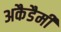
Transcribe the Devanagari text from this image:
अकैडैमी